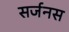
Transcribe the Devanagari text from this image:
सर्जनस